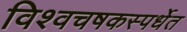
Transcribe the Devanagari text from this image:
विश्वचषकस्पर्धेत